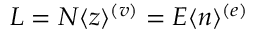
L = N \langle z \rangle ^ { ( v ) } = E \langle n \rangle ^ { ( e ) }